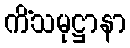
ကိံသမုဋ္ဌာနာ